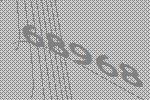
68968